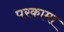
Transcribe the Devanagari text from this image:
परकामा